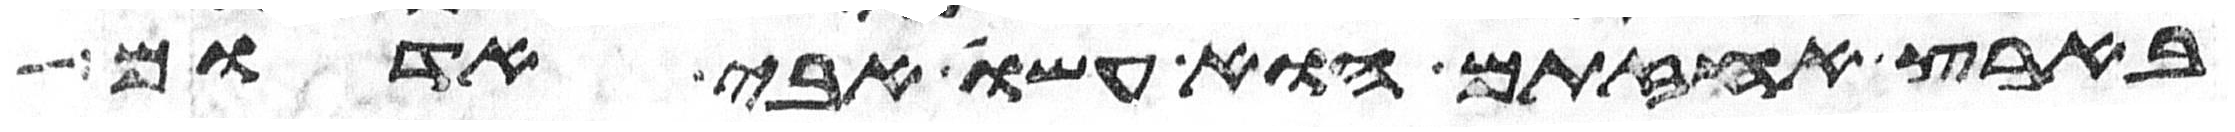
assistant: בארץ אחזתם הוא עשו אבי אדום